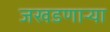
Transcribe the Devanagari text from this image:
जखडणाऱ्या